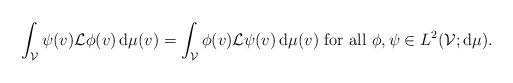
LaTeX: \begin{align*}\int_{\mathcal{V}}\psi(v) \mathcal{L}\phi(v)\, {\rm d}\mu(v)= \int_{\mathcal{V}}\phi(v) \mathcal{L}\psi(v)\, {\rm d}\mu(v)\mbox{ for all }\phi,\psi\in L^2(\mathcal{V};{\rm d}\mu).\end{align*}